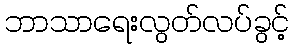
ဘာသာရေးလွတ်လပ်ခွင့်